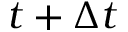
t + \Delta t